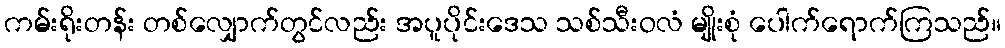
ကမ်းရိုးတန်း တစ်လျှောက်တွင်လည်း အပူပိုင်းဒေသ သစ်သီးဝလံ မျိုးစုံ ပေါက်ရောက်ကြသည်။